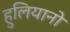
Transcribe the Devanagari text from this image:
हुलियानो